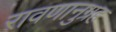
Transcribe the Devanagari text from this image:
रावणानुग्रह